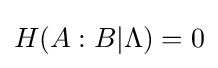
H(A:B|\Lambda )=0